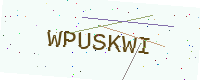
Text: WPUSKWI